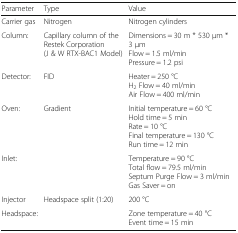
| Parameter | Type | Value |
 | --- | --- | --- |
 | Carrier gas | Nitrogen | Nitrogen cylinders |
 | Column: | Capillary column of the Restek Corporation (J & W RTX-BAC1 Model) | Dimensions = 30 m * 530 μm * 3 μmFlow = 1.5 ml/minPressure = 1.2 psi |
 | Detector: | FID | Heater = 250 °CH2 Flow = 40 ml/minAir Flow = 400 ml/min |
 | Oven: | Gradient | Initial temperature = 60 °CHold time = 5 minRate = 10 °CFinal temperature = 130 °CRun time = 12 min |
 | Inlet: |  | Temperature = 90 °CTotal flow = 79.5 ml/minSeptum Purge Flow = 3 ml/minGas Saver = on |
 | Injector | Headspace split (1:20) | 200 °C |
 | Headspace: |  | Zone temperature = 40 °CEvent time = 15 min |